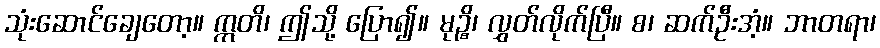
သုံးဆောင်ချေတော့။ ဣတိ၊ ဤသို့ ပြော၍။ မုဉ္စိ၊ လွှတ်လိုက်ပြီ။ စ၊ ဆက်ဦးအံ့။ ဘာတရာ၊